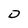
Character: D